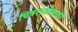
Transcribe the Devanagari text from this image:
चित्रशाळेसाठी